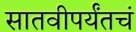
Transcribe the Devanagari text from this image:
सातवीपर्यंतचं